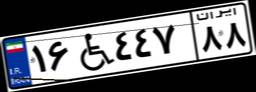
۳۷W۰۲۴۴۲